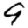
Digit: 9